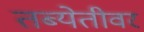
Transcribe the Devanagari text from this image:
तब्येतीवर